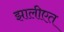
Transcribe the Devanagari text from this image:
झालीएत